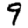
Digit: 9